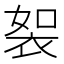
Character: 䘫